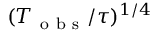
( T _ { \mathrm { ~ o ~ b ~ s ~ } } / \tau ) ^ { 1 / 4 }